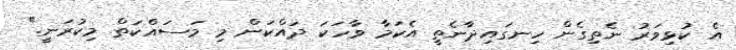
އެ ކުޅިވަރު ނެތިގެން ހިނގައިދާނެތީ އެކަމާ ވާހަކަ ދައްކަން މި މަސައްކަތް މިކުރަނީ."